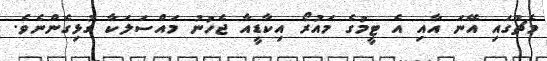
މެޗުގައި އޭނަ އާއި އެ ޓީމުގެ މައުރޯ އިކާޑީއާ ޖެހުނު މައްސަލަކާ ގުޅިގެންނެވެ.